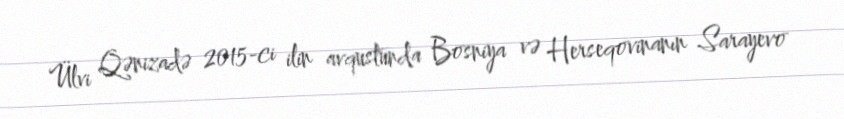
Ülvi Qənizadə 2015-ci ilin avqustunda Bosniya və Herseqovinanın Sarayevo